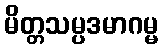
မိတ္တသမ္ပဒမာဂမ္မ